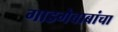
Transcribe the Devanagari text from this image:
गाडगेबाबांचा